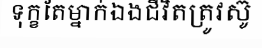
ទុក្ខតែម្នាក់ឯងជីវិតត្រូវស៊ូ